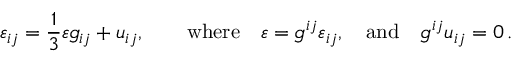
\varepsilon _ { i j } = \frac 1 3 \varepsilon g _ { i j } + u _ { i j } , \qquad \mathrm { w h e r e } \quad \varepsilon = g ^ { i j } \varepsilon _ { i j } , \quad \mathrm { a n d } \quad g ^ { i j } u _ { i j } = 0 \, .